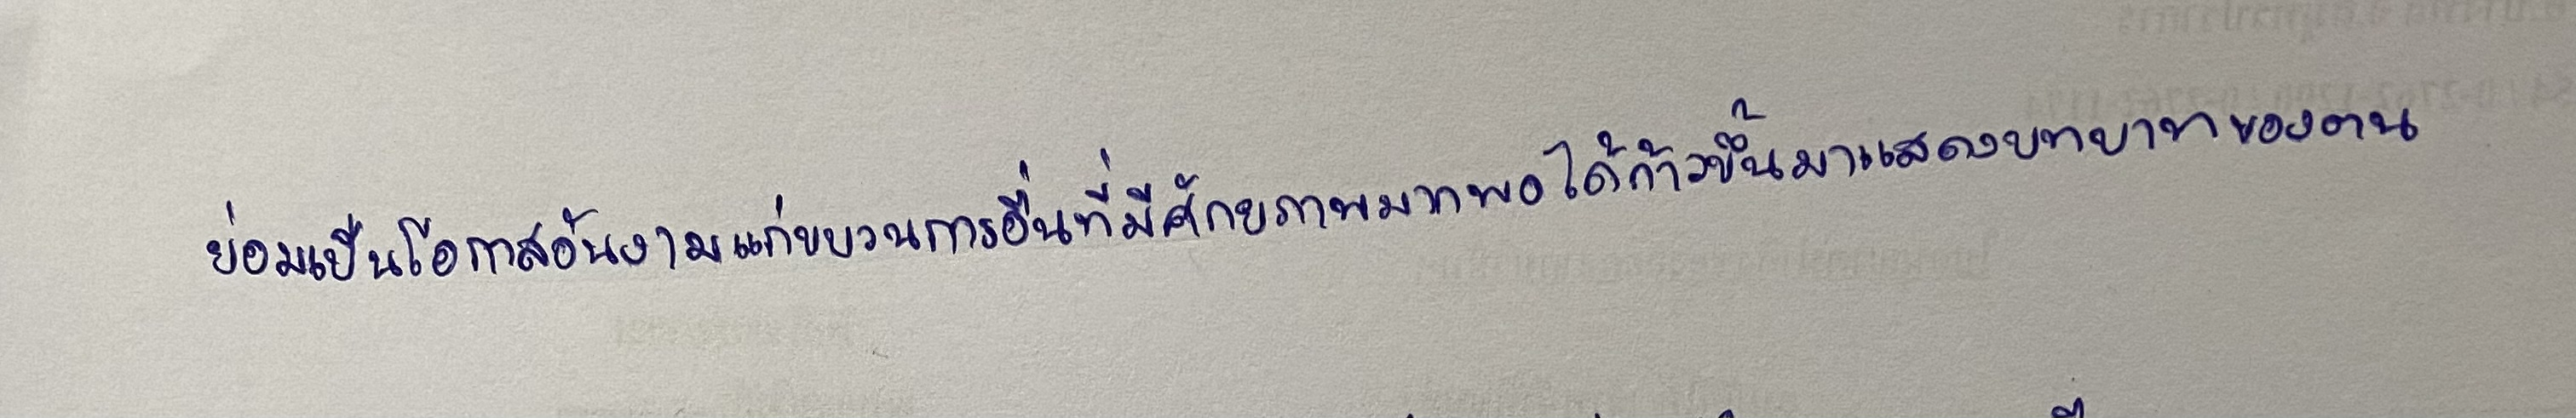
ย่อมเป็นโอกาสอันงามแก่ขบวนการอื่นที่มีศักยภาพมากพอได้ก้าวขึ้นมาแสดงบทบาทของตน